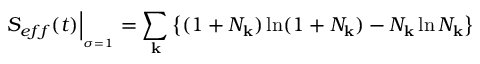
S _ { e f f } ( t ) \Big \vert _ { _ { \sigma = 1 } } = \sum _ { \bf k } \left\{ ( 1 + { \cal N } _ { \bf k } ) \ln ( 1 + { \cal N } _ { \bf k } ) - { \cal N } _ { \bf k } \ln { \cal N } _ { \bf k } \right\}